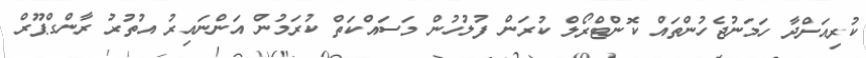
ކުރިއަށްދާ ހަމަނުޖެހުންތައް ކޮންޓްރޯލް ކުރަން ފުލުހުން މަސައްކަތް ކުރަމުން އަންނައިރު އުތުރު ރާންގްޕޫރް